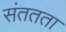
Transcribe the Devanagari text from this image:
संततता